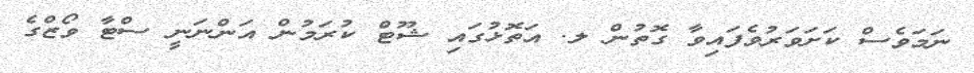
ނަމަވެސް ކަށަވަރުވެފައިވާ ގޮތުން ލ. އަތޮޅުގައި ޝޫޓް ކުރަމުން އަންނަނީ ސްޓާ ވޯޒްގެ